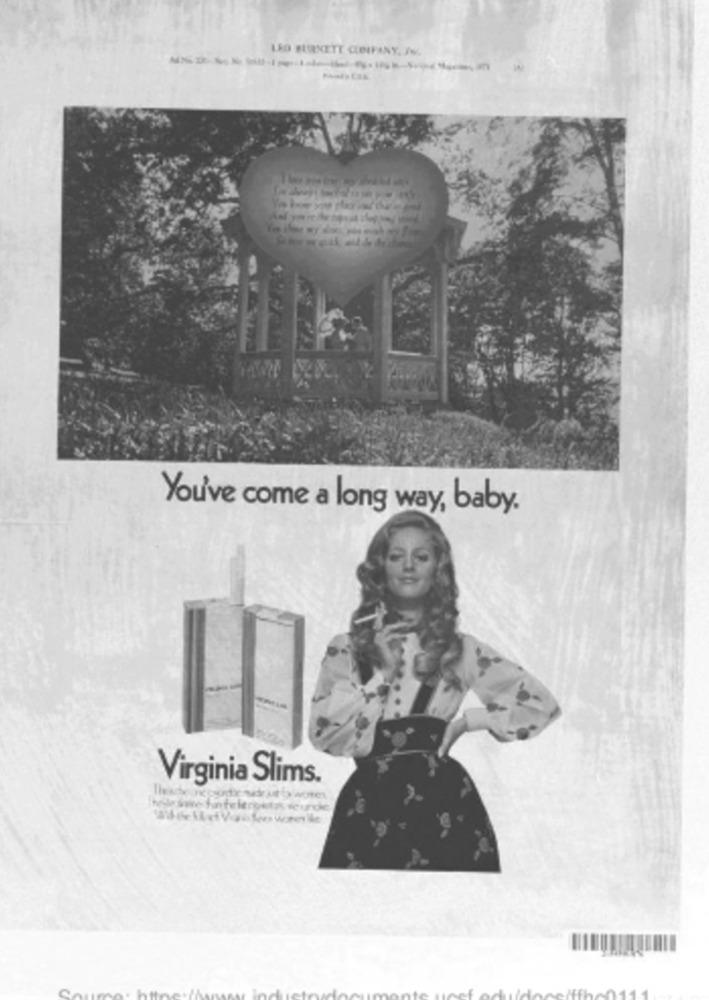
LEO BURNETT CBIFANY, AV.
You've come a long way, baby.
Virginia Slims.